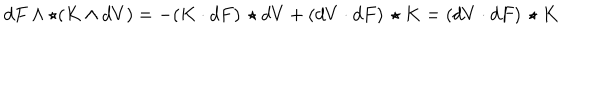
LaTeX: d F \wedge \star ( K \wedge d V ) = - ( K \cdot d F ) \, \star d V + ( d V \cdot d F ) \, \star K = ( d V \cdot d F ) \, \star K